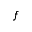
f